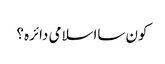
کون سااسلامی دائرہ؟